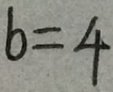
b = 4